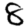
Digit: 8